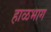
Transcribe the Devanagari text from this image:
हाळभाग